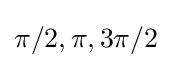
\pi /2,\pi ,3\pi /2